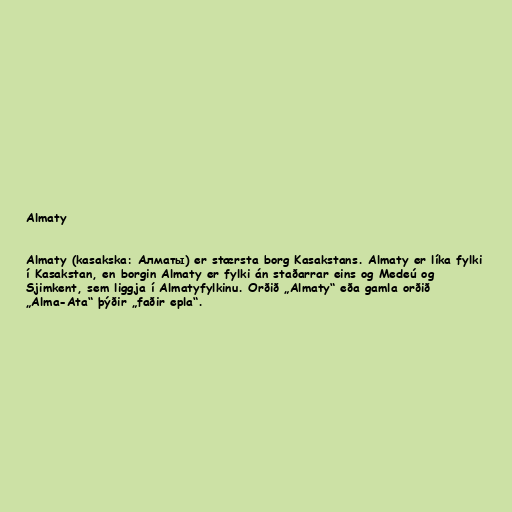
Almaty

Almaty (kasakska: Алматы) er stærsta borg Kasakstans. Almaty er líka fylki
í Kasakstan, en borgin Almaty er fylki án staðarrar eins og Medeú og
Sjimkent, sem liggja í Almatyfylkinu. Orðið „Almaty“ eða gamla orðið
„Alma-Ata“ þýðir „faðir epla“.